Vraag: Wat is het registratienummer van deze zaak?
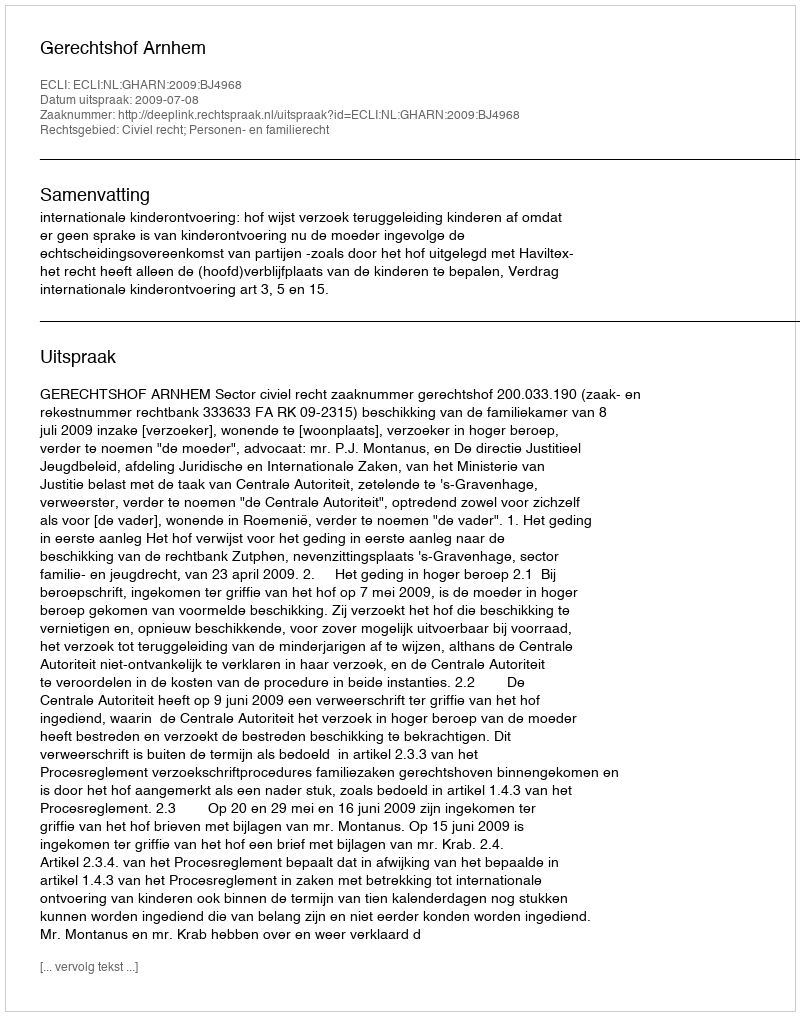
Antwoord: http://deeplink.rechtspraak.nl/uitspraak?id=ECLI:NL:GHARN:2009:BJ4968